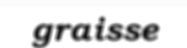
graisse